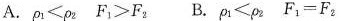
A.$$\rho _ { 1 } ＜ \rho _ { 2 }$$ $$F _ { 1 } ＞ F _ { 2 }$$ B.$$\rho _ { 1 } ＜ \rho _ { 2 }$$ $$F _ { 1 } = F _ { 2 }$$